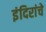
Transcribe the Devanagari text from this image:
इंदिरांचे